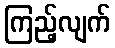
ကြည့်လျက်